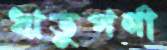
ঋতুপর্ণা